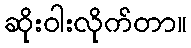
ဆိုးဝါးလိုက်တာ။